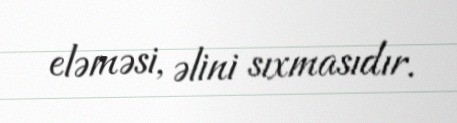
eləməsi, əlini sıxmasıdır.